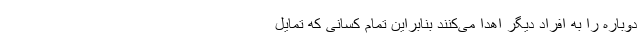
دوباره را به افراد دیگر اهدا می‌کنند بنابراین تمام کسانی که تمایل